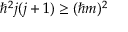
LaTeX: \hbar ^ { 2 } j ( j + 1 ) \geq ( \hbar m ) ^ { 2 }